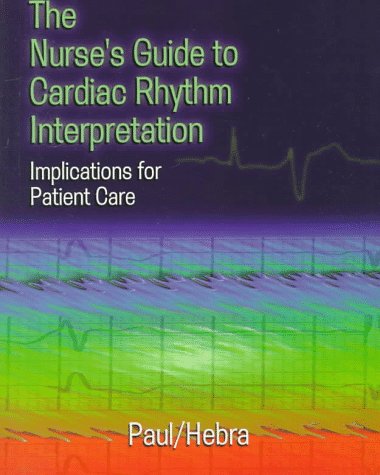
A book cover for The Nurse's Guide to Cardiac Rhythm Interpretation: Implications for Patient Care; Sara Paul RN  MSN  FNP; Medical Books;